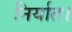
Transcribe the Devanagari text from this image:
निर्यात।